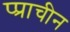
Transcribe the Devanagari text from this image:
प्प्राचीन